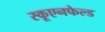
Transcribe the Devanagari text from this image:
स्कूएनफेल्ड